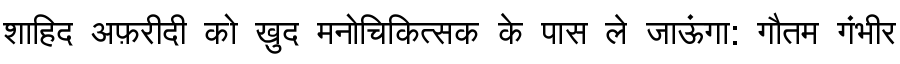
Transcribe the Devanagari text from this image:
शाहिद अफ़रीदी को ख़ुद मनोचिकित्सक के पास ले जाऊंगा: गौतम गंभीर